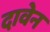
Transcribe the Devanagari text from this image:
दावेन